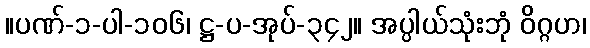
။ပဏ်-၁-ပါ-၁၀၆၊ ဋ္ဌ-ပ-အုပ်-၃၄၂။ အပ္ပါယ်သုံးဘုံ ဝိဂ္ဂဟ၊